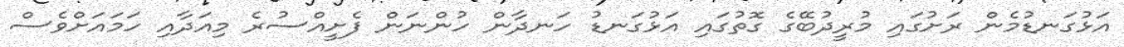
އަޅުގަނޑުމެން ރަށުގައި މުރީދުބޭގެ ގޮތުގައި އަޅުގަނޑު ހަނދާން ހުންނަން ފެށީއްސުރެ މިއަދާއި ހަމައަށްވެސް